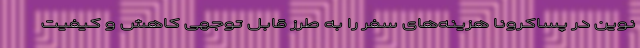
نوین در پسا‌کرونا هزینه‌های سفر را به طرز قابل توجهی کاهش و کیفیت